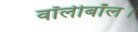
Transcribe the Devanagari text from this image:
वॉलीबॉल।